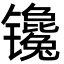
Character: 镵